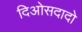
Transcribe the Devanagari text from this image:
दिओसदादो